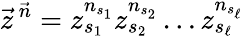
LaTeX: \vec{z}^{\, \vec{n}}=z_{s_{1}}^{n_{s_{1}}}z_{s_{2}}^{n_{s_{2}}}\ldots z_{s_{\ell}}^{n_{s_{\ell}}}